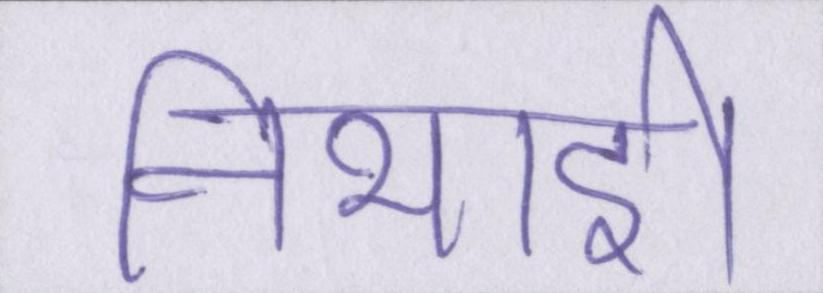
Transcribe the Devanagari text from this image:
निभाई।